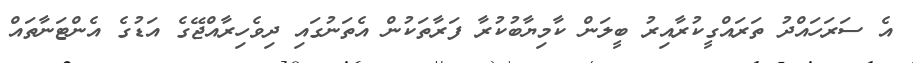
އެ ސަރަހައްދު ތަރައްގީކުރާއިރު ބީލަން ކާމިޔާބުކުރާ ފަރާތަކުން އެތަނުގައި ދިވެހިރާއްޖޭގެ އަޑުގެ އެންޓަނާތައް